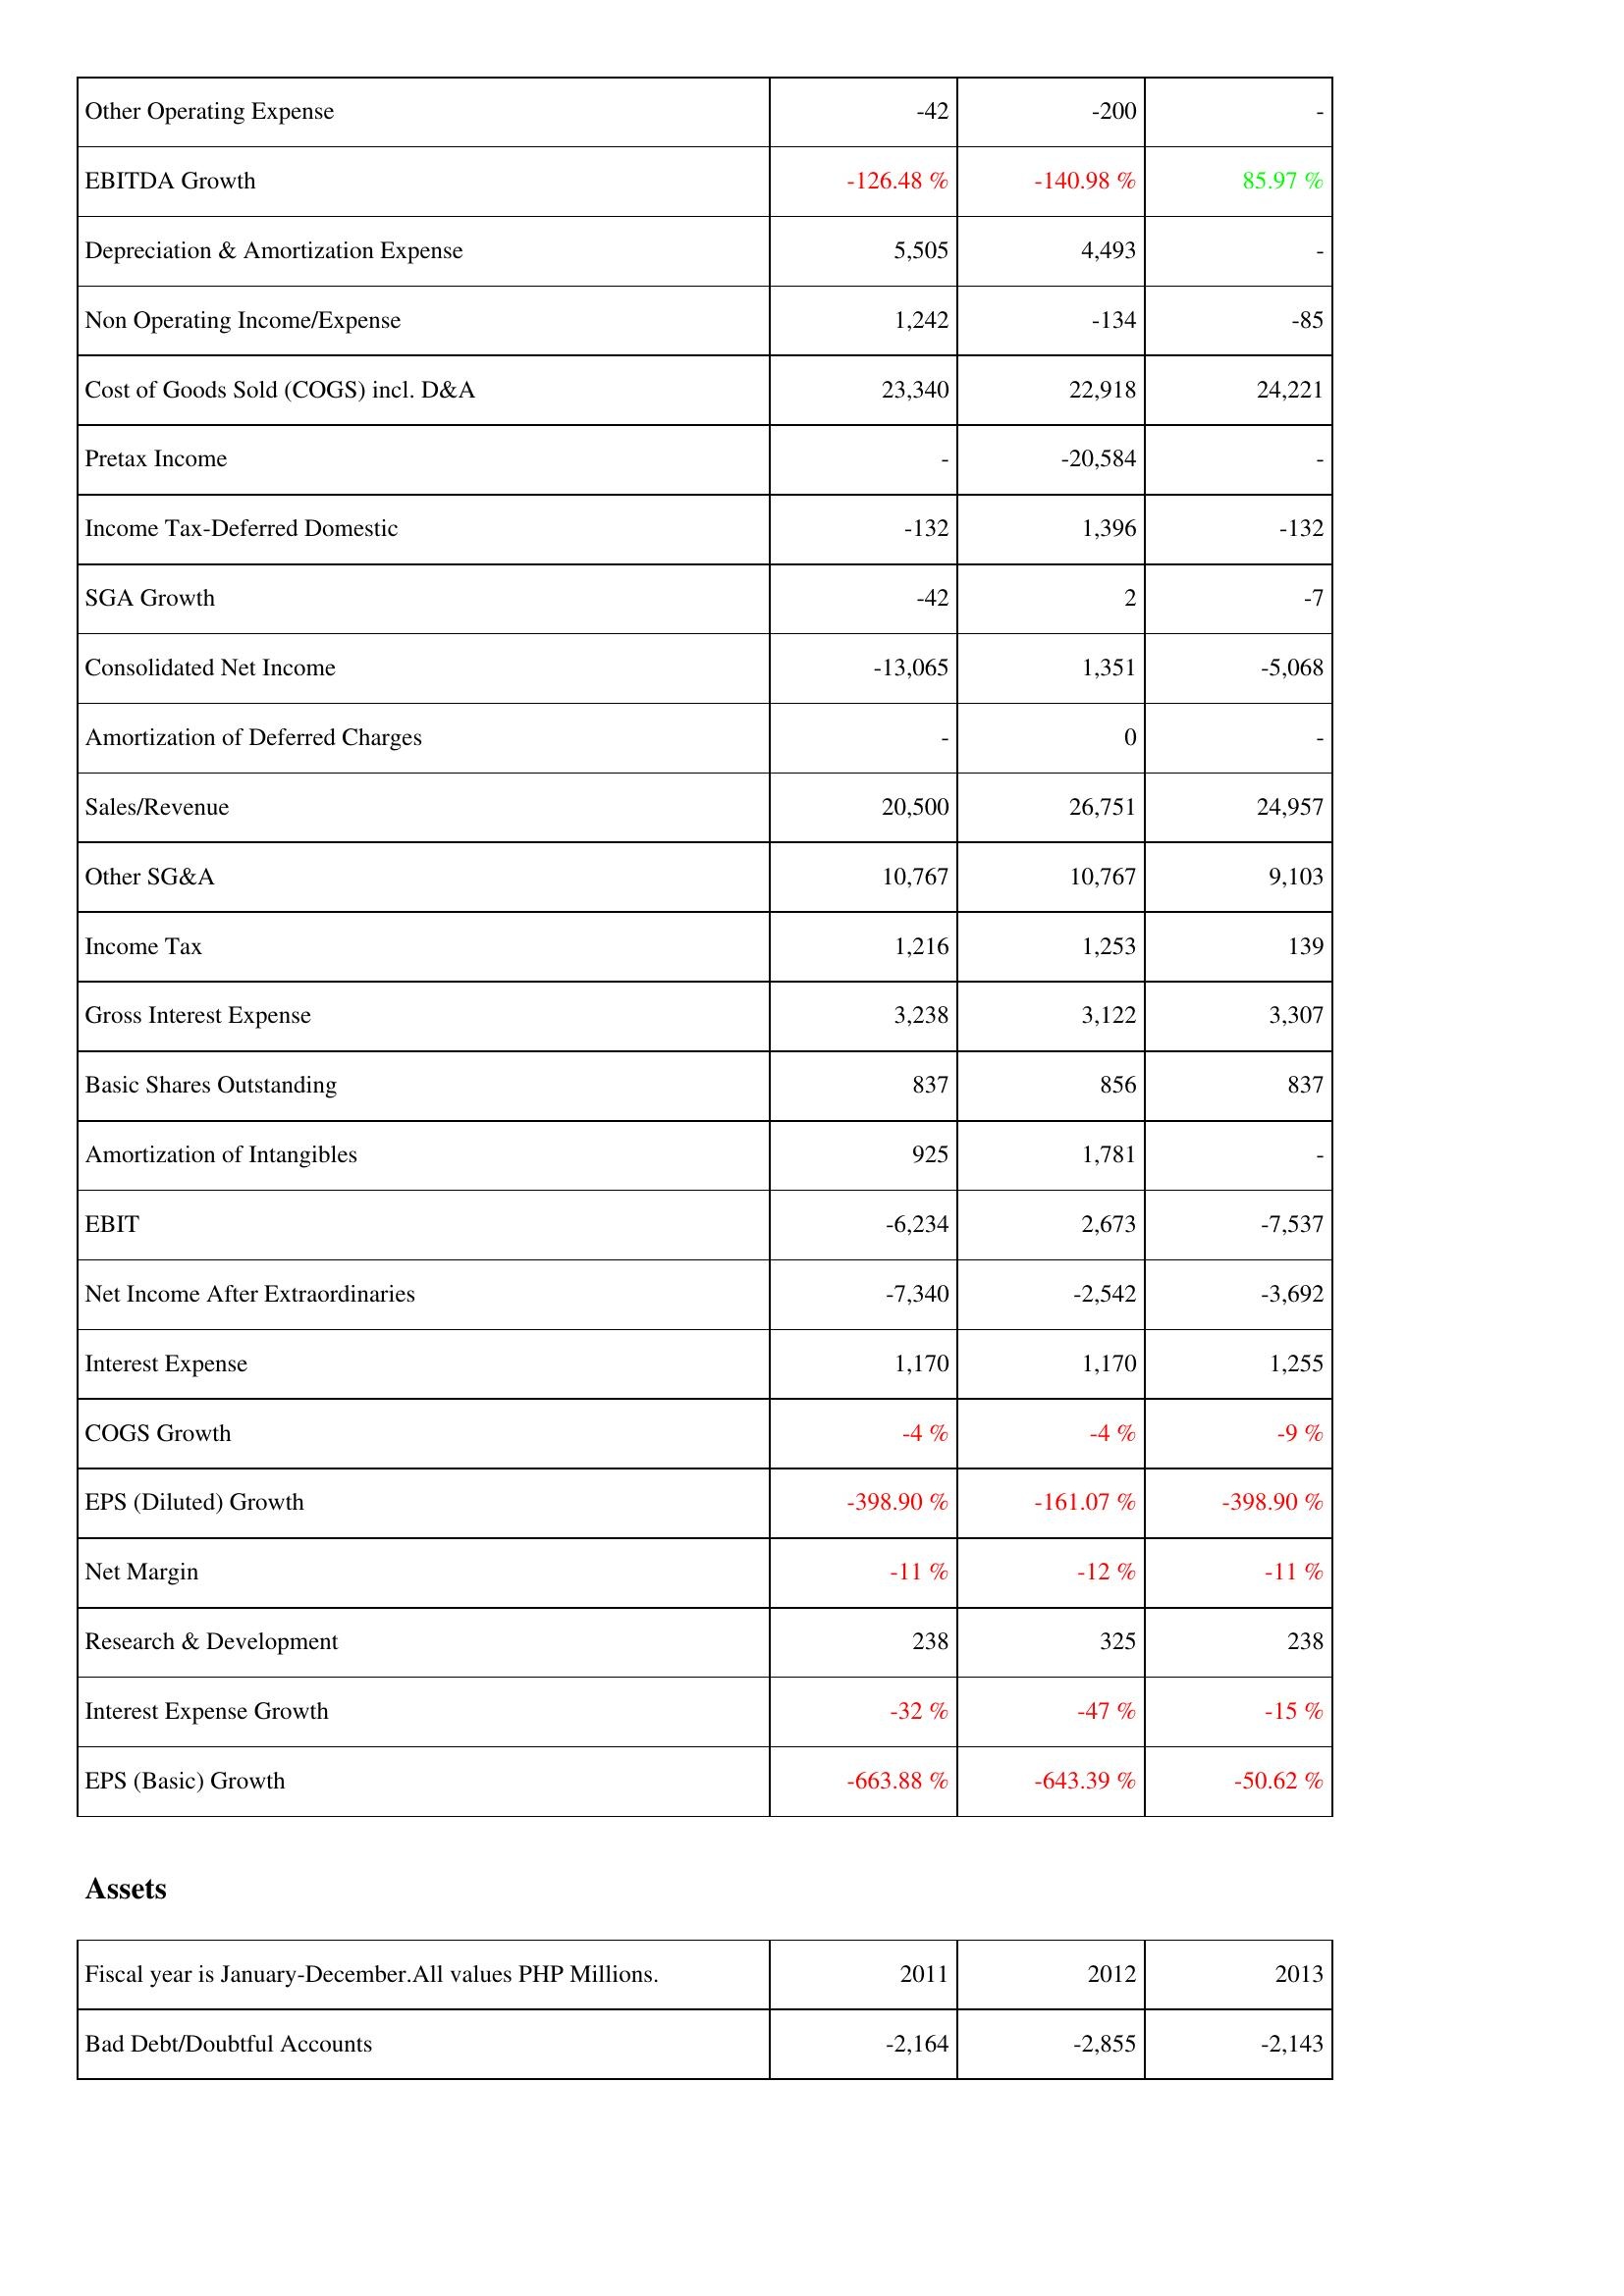
2011: Income Statement: Other Operating Expense: -42
EBITDA Growth: -126.48 %
Depreciation & Amortization Expense: 5,505
Non Operating Income/Expense: 1,242
Cost of Goods Sold (COGS) incl. D&A: 23,340
Pretax Income: -
Income Tax-Deferred Domestic: -132
SGA Growth: -42
Consolidated Net Income: -13,065
Amortization of Deferred Charges: -
Sales/Revenue: 20,500
Other SG&A: 10,767
Income Tax: 1,216
Gross Interest Expense: 3,238
Basic Shares Outstanding: 837
Amortization of Intangibles: 925
EBIT: -6,234
Net Income After Extraordinaries: -7,340
Interest Expense: 1,170
COGS Growth: -4 %
EPS (Diluted) Growth: -398.90 %
Net Margin: -11 %
Research & Development: 238
Interest Expense Growth: -32 %
EPS (Basic) Growth: -663.88 %
Assets: Bad Debt/Doubtful Accounts: -2,164
2012: Income Statement: Other Operating Expense: -200
EBITDA Growth: -140.98 %
Depreciation & Amortization Expense: 4,493
Non Operating Income/Expense: -134
Cost of Goods Sold (COGS) incl. D&A: 22,918
Pretax Income: -20,584
Income Tax-Deferred Domestic: 1,396
SGA Growth: 2
Consolidated Net Income: 1,351
Amortization of Deferred Charges: 0
Sales/Revenue: 26,751
Other SG&A: 10,767
Income Tax: 1,253
Gross Interest Expense: 3,122
Basic Shares Outstanding: 856
Amortization of Intangibles: 1,781
EBIT: 2,673
Net Income After Extraordinaries: -2,542
Interest Expense: 1,170
COGS Growth: -4 %
EPS (Diluted) Growth: -161.07 %
Net Margin: -12 %
Research & Development: 325
Interest Expense Growth: -47 %
EPS (Basic) Growth: -643.39 %
Assets: Bad Debt/Doubtful Accounts: -2,855
2013: Income Statement: Other Operating Expense: -
EBITDA Growth: 85.97 %
Depreciation & Amortization Expense: -
Non Operating Income/Expense: -85
Cost of Goods Sold (COGS) incl. D&A: 24,221
Pretax Income: -
Income Tax-Deferred Domestic: -132
SGA Growth: -7
Consolidated Net Income: -5,068
Amortization of Deferred Charges: -
Sales/Revenue: 24,957
Other SG&A: 9,103
Income Tax: 139
Gross Interest Expense: 3,307
Basic Shares Outstanding: 837
Amortization of Intangibles: -
EBIT: -7,537
Net Income After Extraordinaries: -3,692
Interest Expense: 1,255
COGS Growth: -9 %
EPS (Diluted) Growth: -398.90 %
Net Margin: -11 %
Research & Development: 238
Interest Expense Growth: -15 %
EPS (Basic) Growth: -50.62 %
Assets: Bad Debt/Doubtful Accounts: -2,143